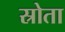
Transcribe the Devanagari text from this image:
स्रोता